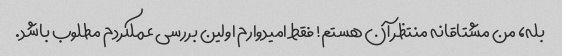
بله، من مشتاقانه منتظر آن هستم! فقط امیدوارم اولین بررسی عملکردم مطلوب باشد.